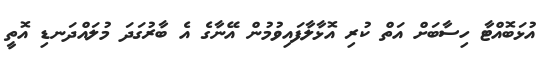
އުޅަބޮއްޓާ ހިސާބަށް އަތް ކުރި އޮޅާލާފައިވުމުން އޭނާގެ އެ ބާރުގަދަ މުލައްދަނޑި އޮތީ